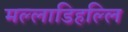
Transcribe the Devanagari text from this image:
मल्‍लाडिहल्‍लि